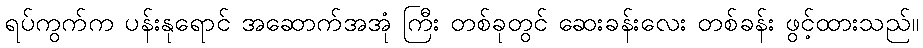
ရပ်ကွက်က ပန်းနုရောင် အဆောက်အအုံ ကြီး တစ်ခုတွင် ဆေးခန်းလေး တစ်ခန်း ဖွင့်ထားသည်။